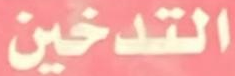
التدخين